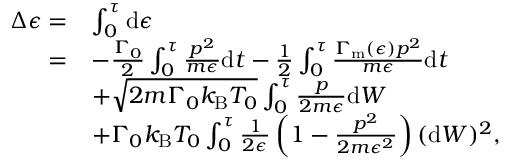
\begin{array} { r l } { \Delta \epsilon = } & { \int _ { 0 } ^ { \tau } \mathrm { d } \epsilon } \\ { = } & { - \frac { \Gamma _ { 0 } } { 2 } \int _ { 0 } ^ { \tau } \frac { p ^ { 2 } } { m \epsilon } \mathrm { d } t - \frac { 1 } { 2 } \int _ { 0 } ^ { \tau } \frac { \Gamma _ { \mathrm { m } } ( \epsilon ) p ^ { 2 } } { m \epsilon } \mathrm { d } t } \\ & { + \sqrt { 2 m \Gamma _ { 0 } k _ { \mathrm { B } } T _ { 0 } } \int _ { 0 } ^ { \tau } \frac { p } { 2 m \epsilon } \mathrm { d } W } \\ & { + \Gamma _ { 0 } k _ { \mathrm { B } } T _ { 0 } \int _ { 0 } ^ { \tau } \frac { 1 } { 2 \epsilon } \left( 1 - \frac { p ^ { 2 } } { 2 m \epsilon ^ { 2 } } \right) ( \mathrm { d } W ) ^ { 2 } \mathrm { , } } \end{array}